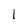
Character: 1